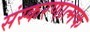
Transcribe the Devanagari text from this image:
संस्करणात्मक